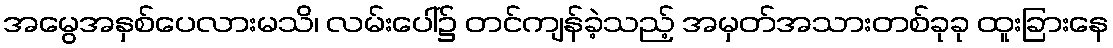
အမွေအနှစ်ပေလားမသိ၊ လမ်းပေါ်၌ တင်ကျန်ခဲ့သည့် အမှတ်အသားတစ်ခုခု ထူးခြားနေ